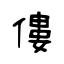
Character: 僂